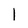
Character: I